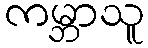
ကမ္ဘာသူ